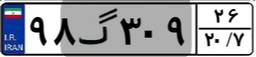
۹۸گ۳۰۹۲۶